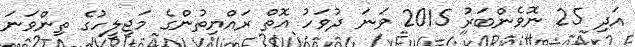
އަދި 25 ނޮވެންބަރު 2015 ވަނަ ދުވަހު އޮތް ރައްޔިތުންގެ މަޖިލީހުގެ ތިންވަނަ